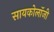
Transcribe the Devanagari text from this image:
सायकोलॉजी